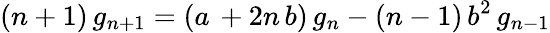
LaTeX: (n+1)\, g_{n+1}=(a\, +2n\, b)\, g_{n}-(n-1)\, b^{2}\, g_{n-1}